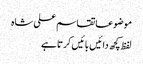
موضوعاتقاسم علی شاہ
لفظ کچھ دائیں بائیں کرتا ہے